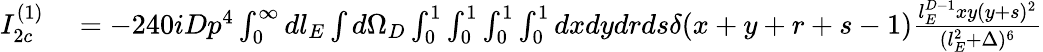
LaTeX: \begin{array}{rl}{I_{2c}^{(1)}}&{{}=-240iDp^{4}\int_{0}^{\infty}dl_{E}\int d\Omega_{D}\int_{0}^{1}\int_{0}^{1}\int_{0}^{1}\int_{0}^{1}dxdydrds\delta(x+y+r+s-1)\frac{l_{E}^{D-1}xy(y+s)^{2}}{(l_{E}^{2}+\Delta)^{6}}}\end{array}